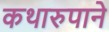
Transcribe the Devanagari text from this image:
कथारुपाने